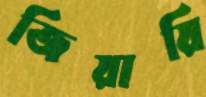
জিয়ায়ি